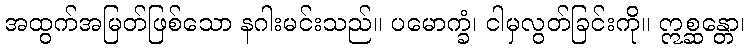
အထွက်အမြတ်ဖြစ်သော နဂါးမင်းသည်။ ပမောက္ခံ၊ ငါမှလွတ်ခြင်းကို။ ဣစ္ဆန္တော၊